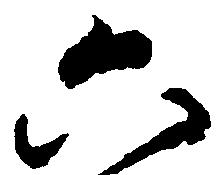
六